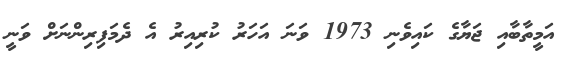
އަމީތާބާއި ޖަޔާގެ ކައިވެނި 1973 ވަނަ އަހަރު ކުރިއިރު އެ ދެމަފިރިންނަށް ވަނީ